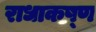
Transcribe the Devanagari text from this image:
राधाकष्‍ण